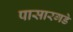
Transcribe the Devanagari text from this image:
पासारगडे